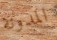
المدونة